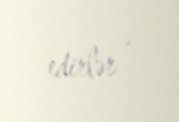
edirlər .